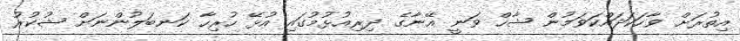
އިތުރަށް ވާހަކަދައްކަވަމުން ޝާހް ވަނީ އޭނާގެ ދިރިއުޅުމުގައި އުޅޭ ހުރިހާ ކަނބަލުންނަށް ޝުކުރު